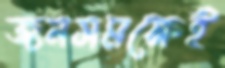
জনসমক্ষেই